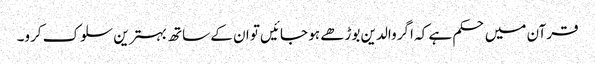
قرآن میں حکم ہے کہ اگر والدین بوڑھے ہو جائیں تو ان کے ساتھ بہترین سلوک کرو۔